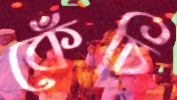
কেঁচি